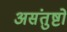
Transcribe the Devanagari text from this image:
असंतुष्टो